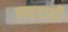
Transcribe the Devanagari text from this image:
नवराथी